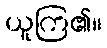
ယူကြ၏။